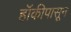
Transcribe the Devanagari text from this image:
हॉकीपासून